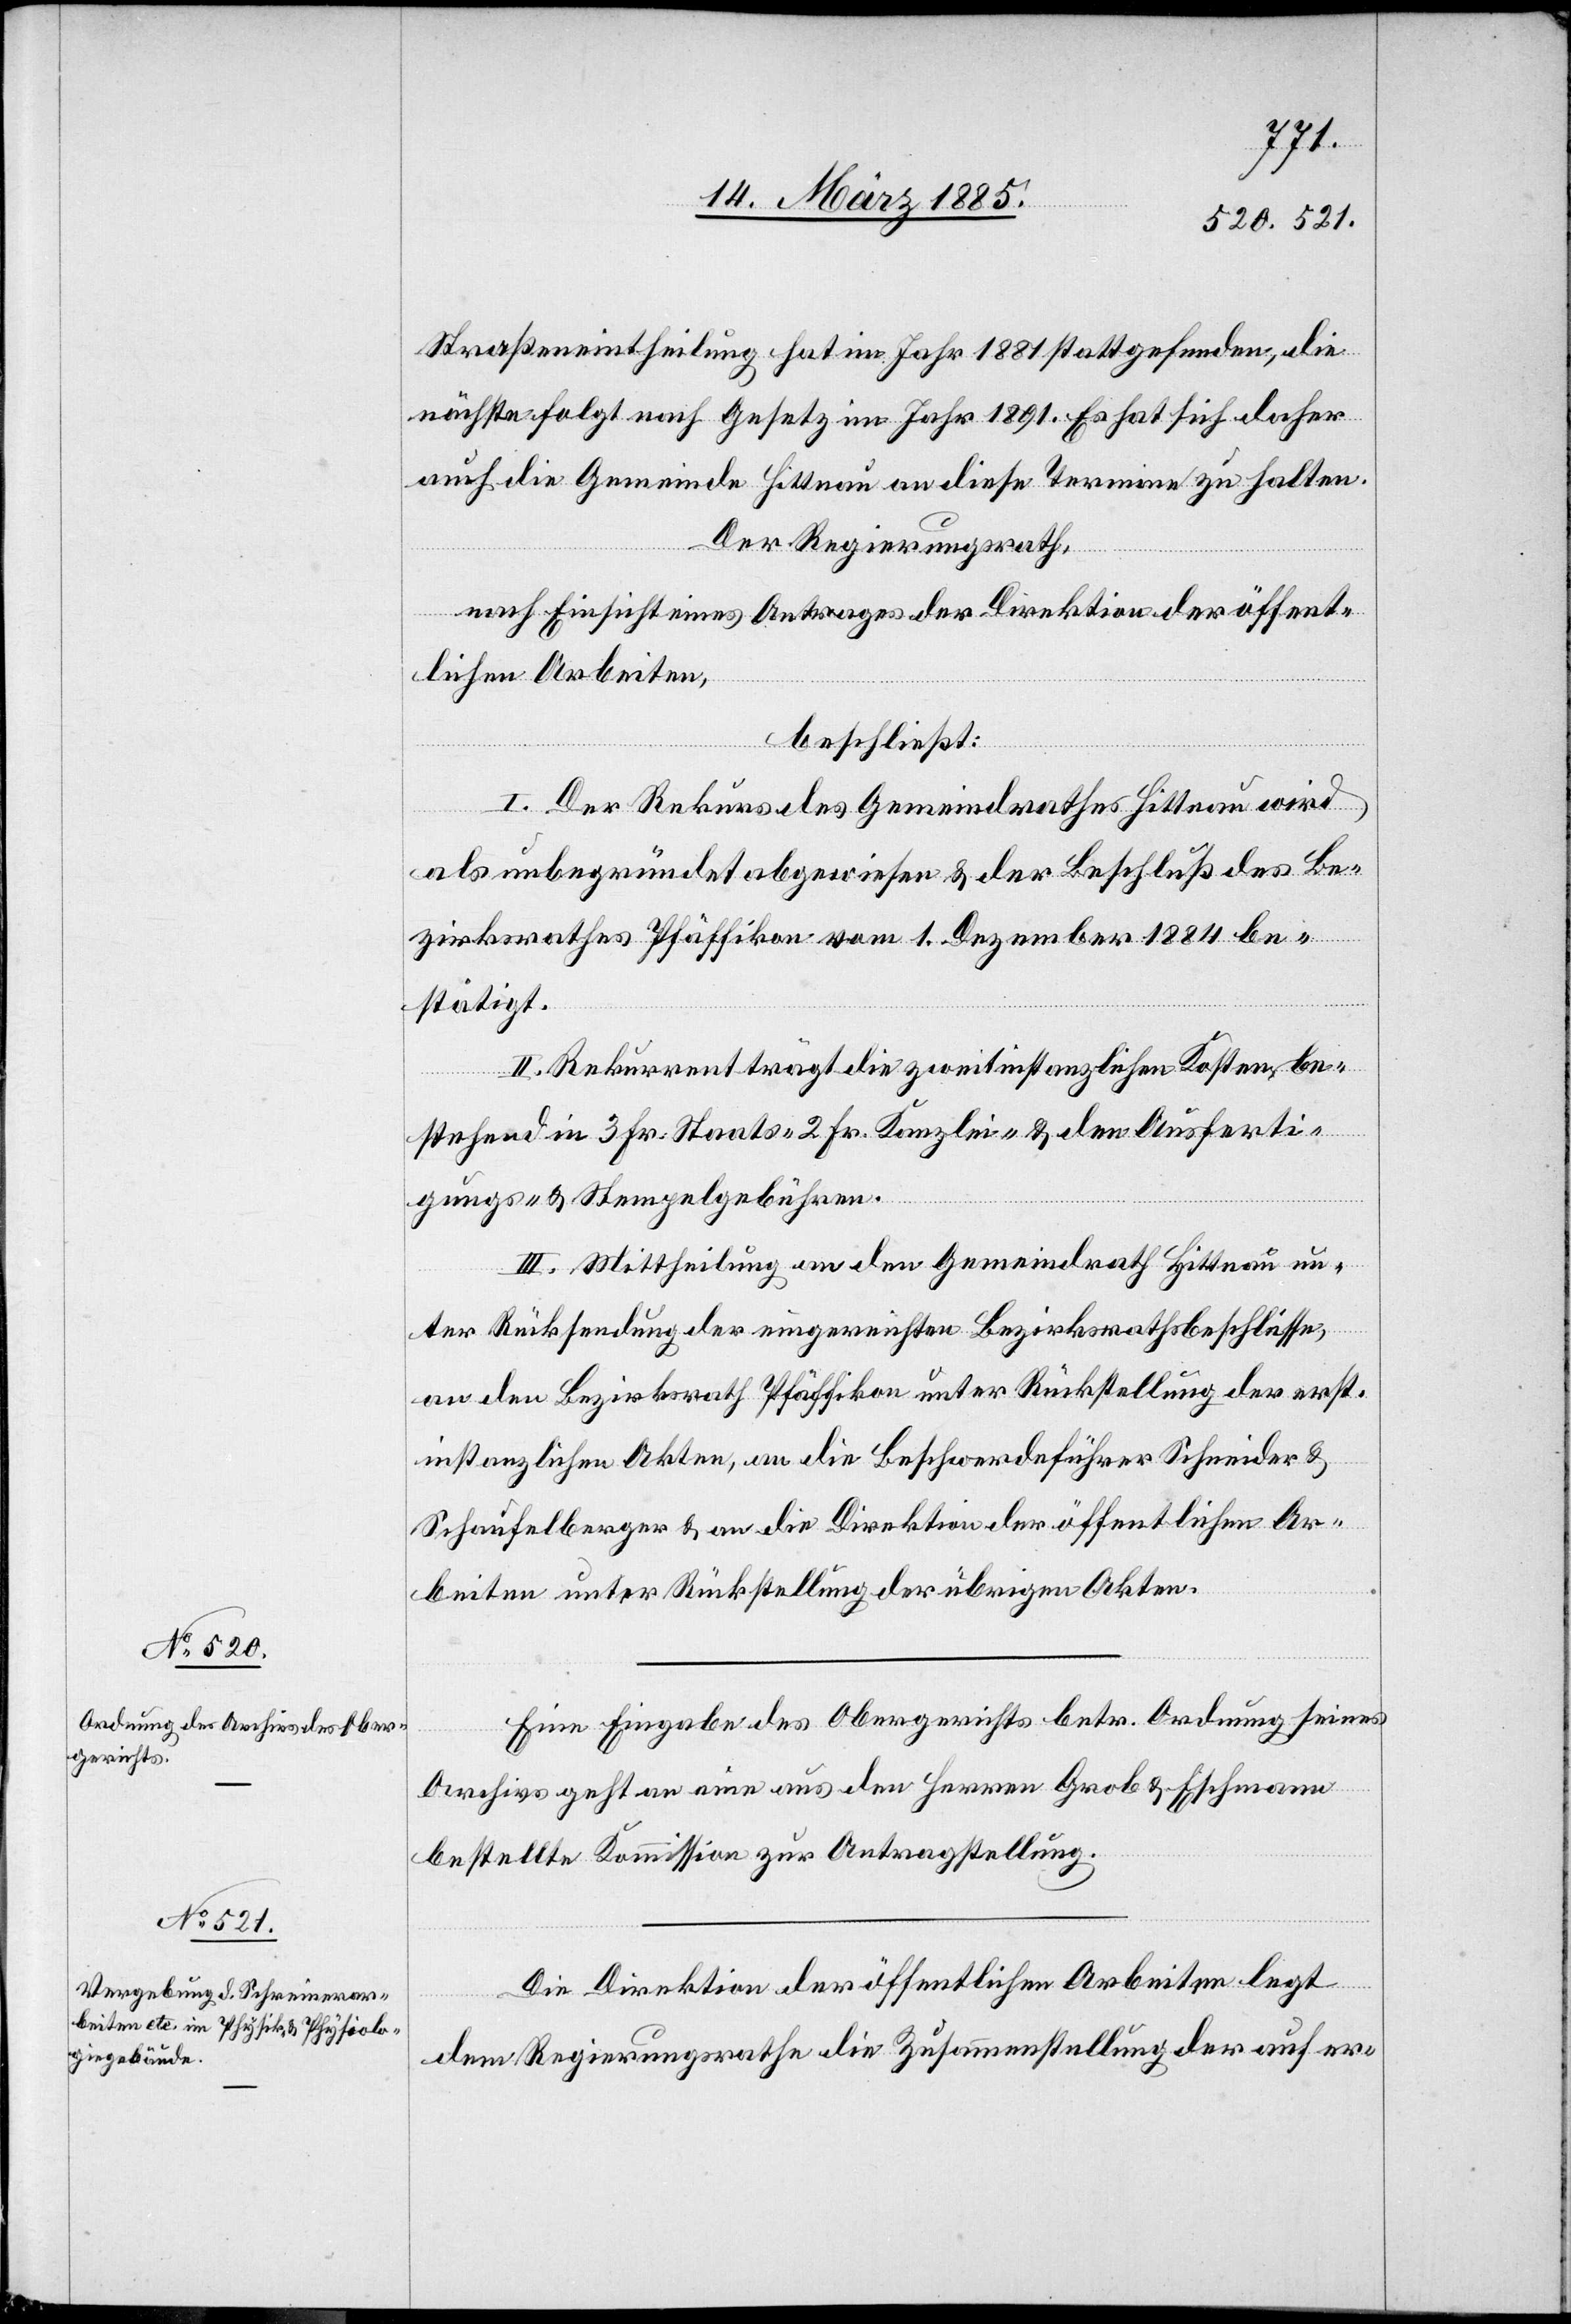
Straßeneintheilung hat im Jahr 1881 stattgefunden, die
nächste folgt nach Gesetz im Jahr 1891. Es hat sich daher
auch die Gemeinde Hittnau an diese Termine zu halten.
Der Regierungsrath,
nach Einsicht eines Antrages der Direktion der öffent¬
lichen Arbeiten,
beschließt:
I. Der Rekurs des Gemeindrathes Hittnau wird
als unbegründet abgewiesen & der Beschluß des Be¬
zirksrathes Pfäffikon vom 1. Dezember 1884 be¬
stätigt.
II. Rekurrent trägt die zweitinstanzlichen Kosten, be¬
stehend in 3 Fr. Staats-[,] 2 Fr. Kanzlei- & den Ausferti¬
gungs- & Stempelgebühren.
III. Mittheilung an den Gemeindrath Hittnau un¬
ter Rücksendung der eingereichten Bezirksrathsbeschlüsse,
an den Bezirksrath Pfäffikon unter Rückstellung der erst¬
instanzlichen Akten, an die Beschwerdeführer Schneider &
Schaufelberger & an die Direktion der öffentlichen Ar¬
beiten unter Rückstellung der übrigen Akten.
Eine Eingabe des Obergerichts betr. Ordnung seines
Archivs geht an eine aus den Herren Grob & Eschmann
bestellte Kommission zur Antragstellung.
Die Direktion der öffentlichen Arbeiten legt
dem Regierungsrathe die Zusammenstellung der auf er-